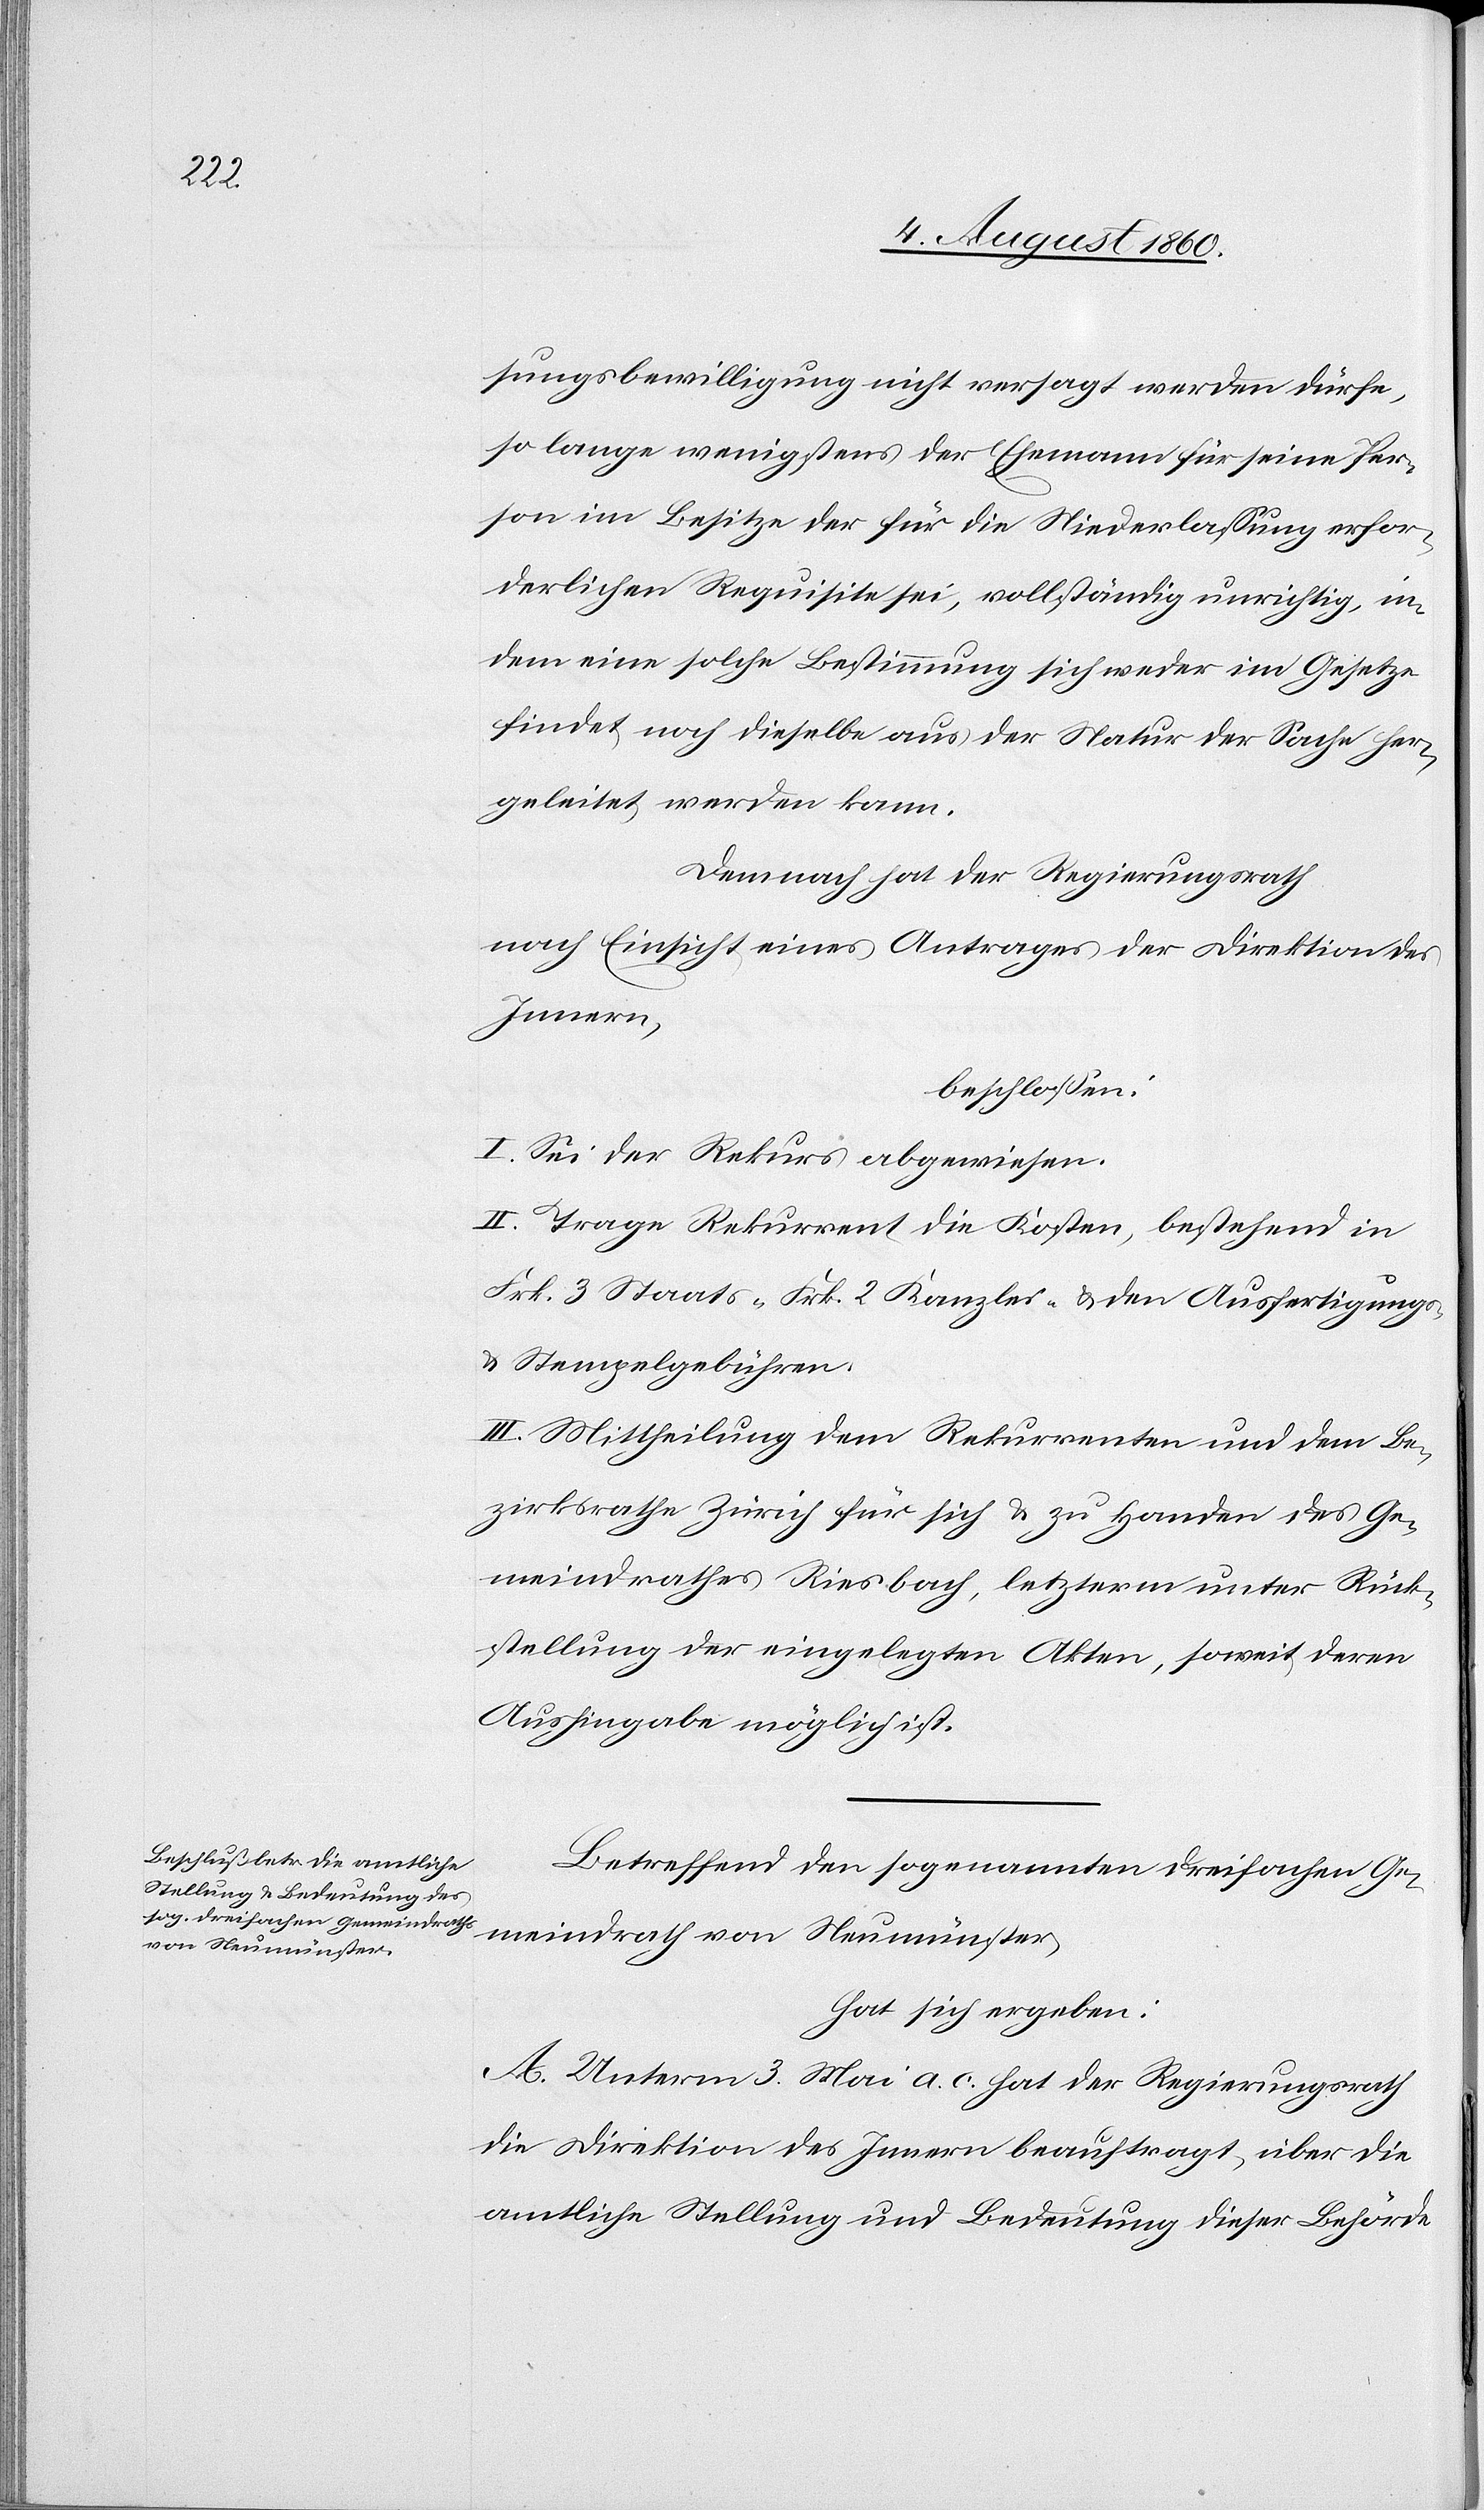
sungsbewilligung nicht versagt werden dürfe,
so lange wenigstens der Ehemann für seine Per¬
son im Besitze der für die Niederlassung erfor¬
derlichen Requisite sei, vollständig unrichtig, in¬
dem eine solche Bestimmung sich weder im Gesetze
findet, noch dieselbe aus der Natur der Sache her¬
geleitet werden kann.
Demnach hat der Regierungsrath,
nach Einsicht eines Antrages der Direktion des
Innern
beschlossen:
I. Sei der Rekurs abgewiesen.
II. Trage Rekurrent die Kosten, bestehend in
Frk. 3. Staats- Frk. 2. Kanzlei- und den Ausfertigungs-
und Stempelgebühren.
III. Mittheilung dem Rekurrenten und dem Be¬
zirksrathe Zürich für sich und zu Handen des Ge¬
meindrathes Riesbach, letzterm unter Rück¬
stellung der eingelegten Akten, soweit deren
Aushingabe möglich ist.
Betreffend den sogenannten dreifachen Ge¬
meindrath von Neumünster
hat sich ergeben:
A. Unterm 3. Mai a. c. hat der Regierungsrath
die Direktion des Innern beauftragt, über die
amtliche Stellung und Bedeutung dieser Behörde